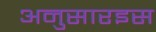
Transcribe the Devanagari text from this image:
अनुसारइस